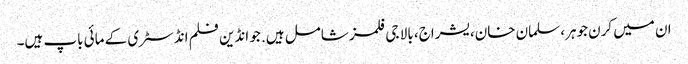
ان میں کرن جوہر، سلمان خان، یشراج، بالا جی فلمز شامل ہیں. جو انڈین فلم انڈسٹری کے مائی باپ ہیں۔